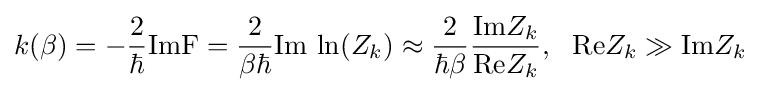
k(\beta )=-{\frac {2}{\hbar }}{\text{Im}}\mathrm {F} ={\frac {2}{\beta \hbar }}{\text{Im}}\ {\text{ln}}(Z_{k})\approx {\frac {2}{\hbar \beta }}{\frac {{\text{Im}}Z_{k}}{{\text{Re}}Z_{k}}},\ \ {\text{Re}}Z_{k}\gg {\text{Im}}Z_{k}